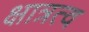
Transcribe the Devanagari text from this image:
क्षात्रत्व